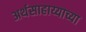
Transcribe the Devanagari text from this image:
अर्थसाहाय्याच्या